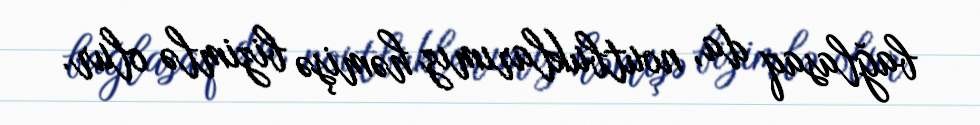
bağlasaq da, noutbuklarımız həmişə bizimlə olur.